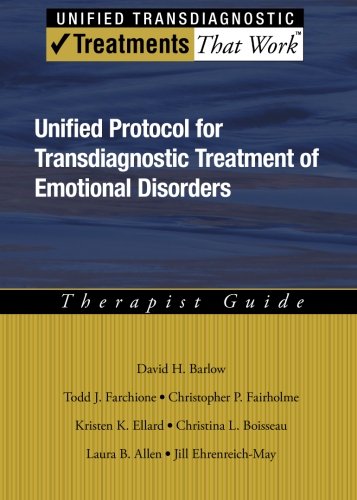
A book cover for Unified Protocol for Transdiagnostic Treatment of Emotional Disorders: Therapist Guide (Treatments That Work); David  H. Barlow; Health, Fitness & Dieting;